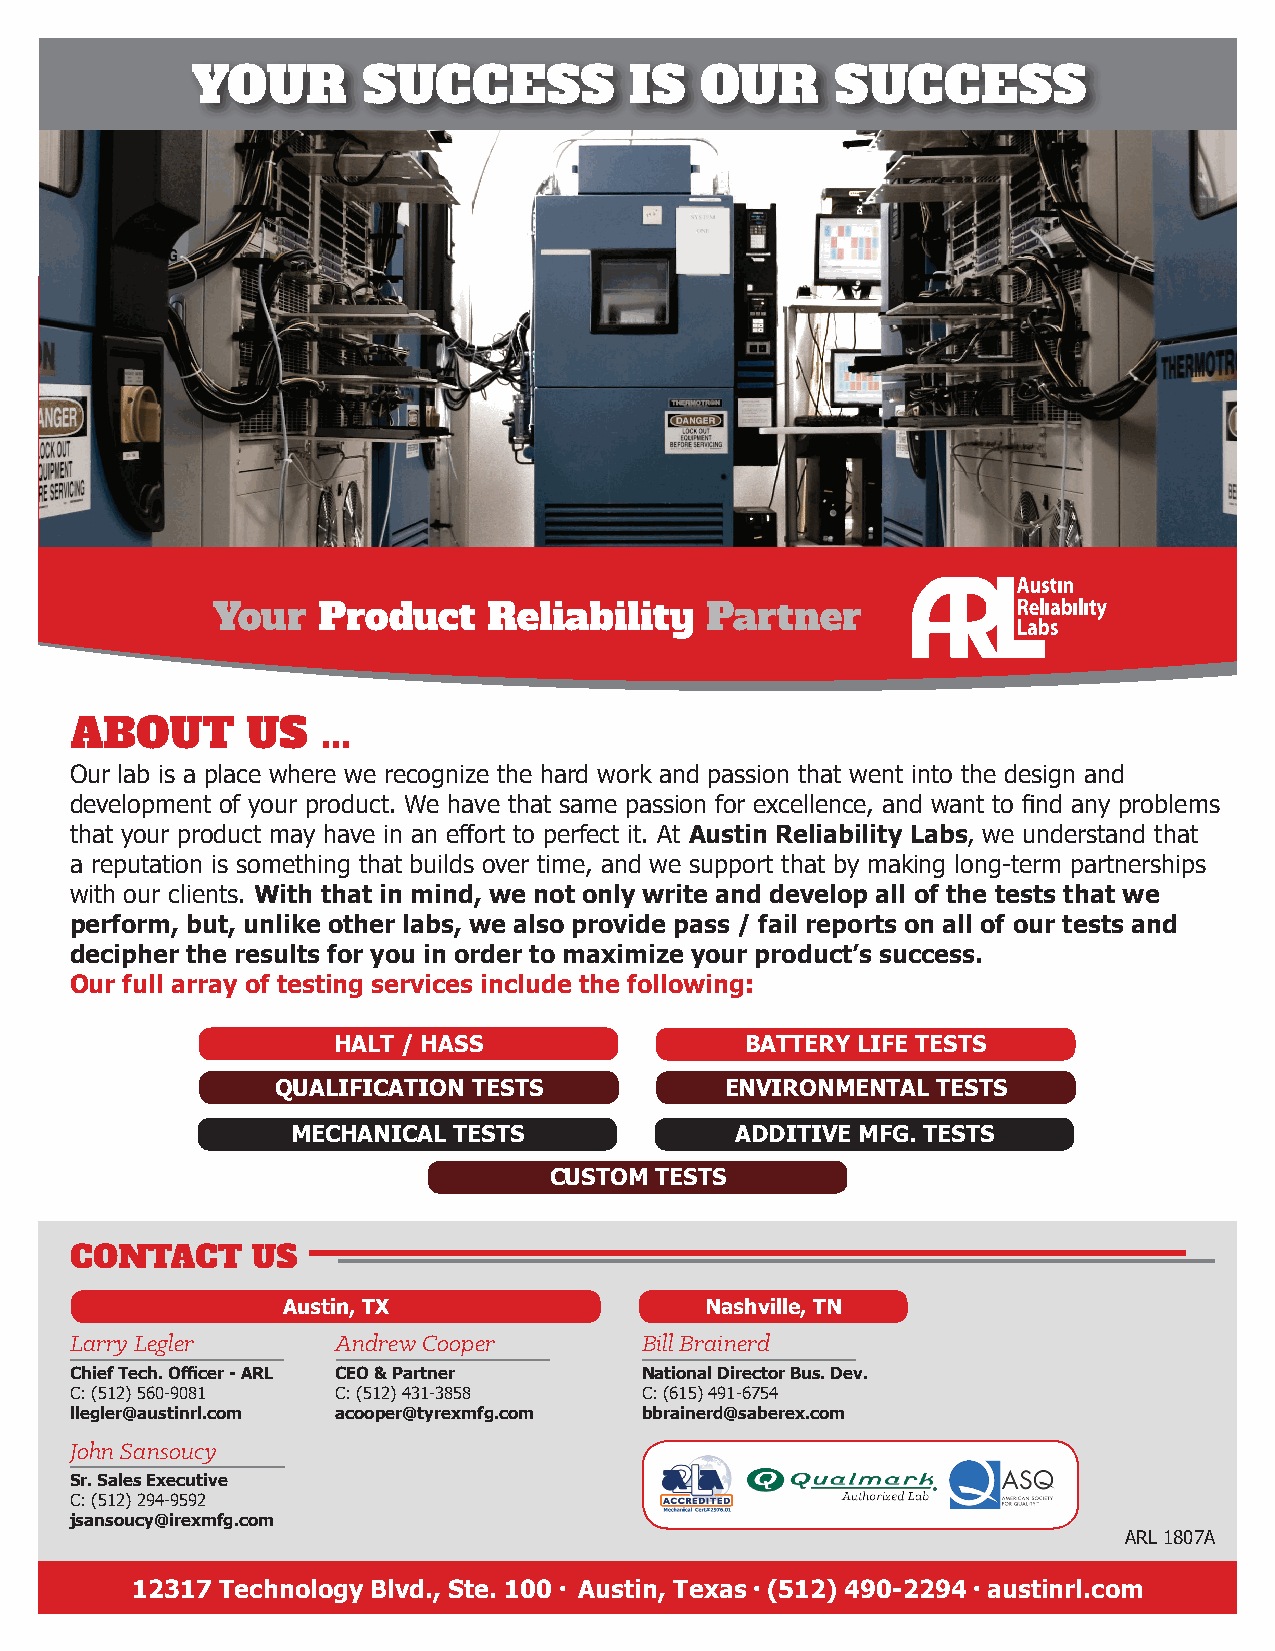
YOUR       SUCCESS           IS  OUR      SUCCESS
 Your   Product    Reliability    Partner
 ABOUT      US   ...
 Our lab is a place where we recognize the hard work and passion that went into the design and
 development of your product. We have that same passion for excellence, and want to find any problems
 that your product may have in an effort to perfect it. At Austin Reliability Labs, we understand that
 a reputation is something that builds over time, and we support that by making long-term partnerships
 with our clients. With that in mind, we not only write and develop all of the tests that we
 perform, but, unlike other labs, we also provide pass / fail reports on all of our tests and
 decipher the results for you in order to maximize your product’s success.
 Our full array of testing services include the following:
 HALT / HASS                BATTERY LIFE TESTS
 QUALIFICATION TESTS           ENVIRONMENTAL TESTS
 MECHANICAL TESTS              ADDITIVE MFG. TESTS
 CUSTOM TESTS
 CONTACT     US
 Austin, TX                  Nashville, TN
 Larry Legler     Andrew Cooper       Bill Brainerd
 Chief Tech. Officer - ARL CEO & Partner National Director Bus. Dev.
 C: (512) 560-9081 C: (512) 431-3858  C: (615) 491-6754
 llegler@austinrl.com acooper@tyrexmfg.com bbrainerd@saberex.com
 John Sansoucy
 Sr. Sales Executive
 C: (512) 294-9592
 jsansoucy@irexmfg.com
 ARL 1807A
 12317 Technology Blvd., Ste. 100 l Austin, Texas l (512) 490-2294 l austinrl.com